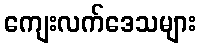
ကျေးလက်ဒေသများ